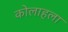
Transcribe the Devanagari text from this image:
कोलाहला